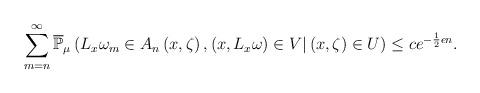
LaTeX: \begin{align*}\sum_{m=n}^{\infty}\overline{\mathbb{P}}_{\mu}\left(L_{x}\omega_{m}\in A_{n}\left(x,\zeta\right),(x,L_{x}\omega)\in V|\left(x,\zeta\right)\in U\right)\le ce^{-\frac{1}{2}\epsilon n}.\end{align*}